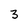
Character: 3